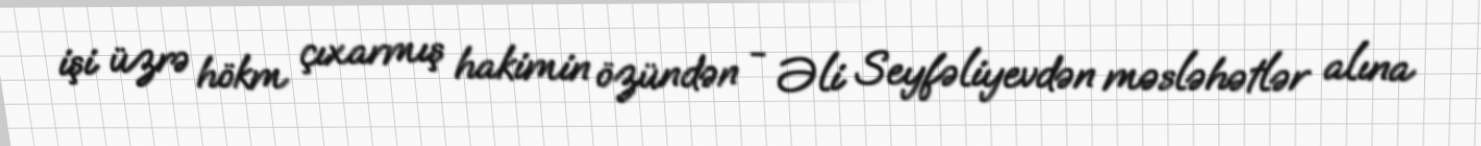
işi üzrə hökm çıxarmış hakimin özündən - Əli Seyfəliyevdən məsləhətlər alına